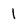
Character: 1